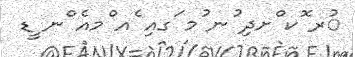
ުރ ޮކ ްށދި ުނ ުމ ަގއި ެއ ްމއެ ްނ ީޑ